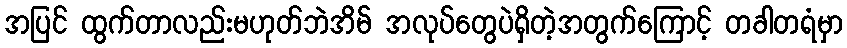
အပြင် ထွက်တာလည်းမဟုတ်ဘဲအိမ် အလုပ်တွေပဲရှိတဲ့အတွက်ကြောင့် တခါတရံမှာ